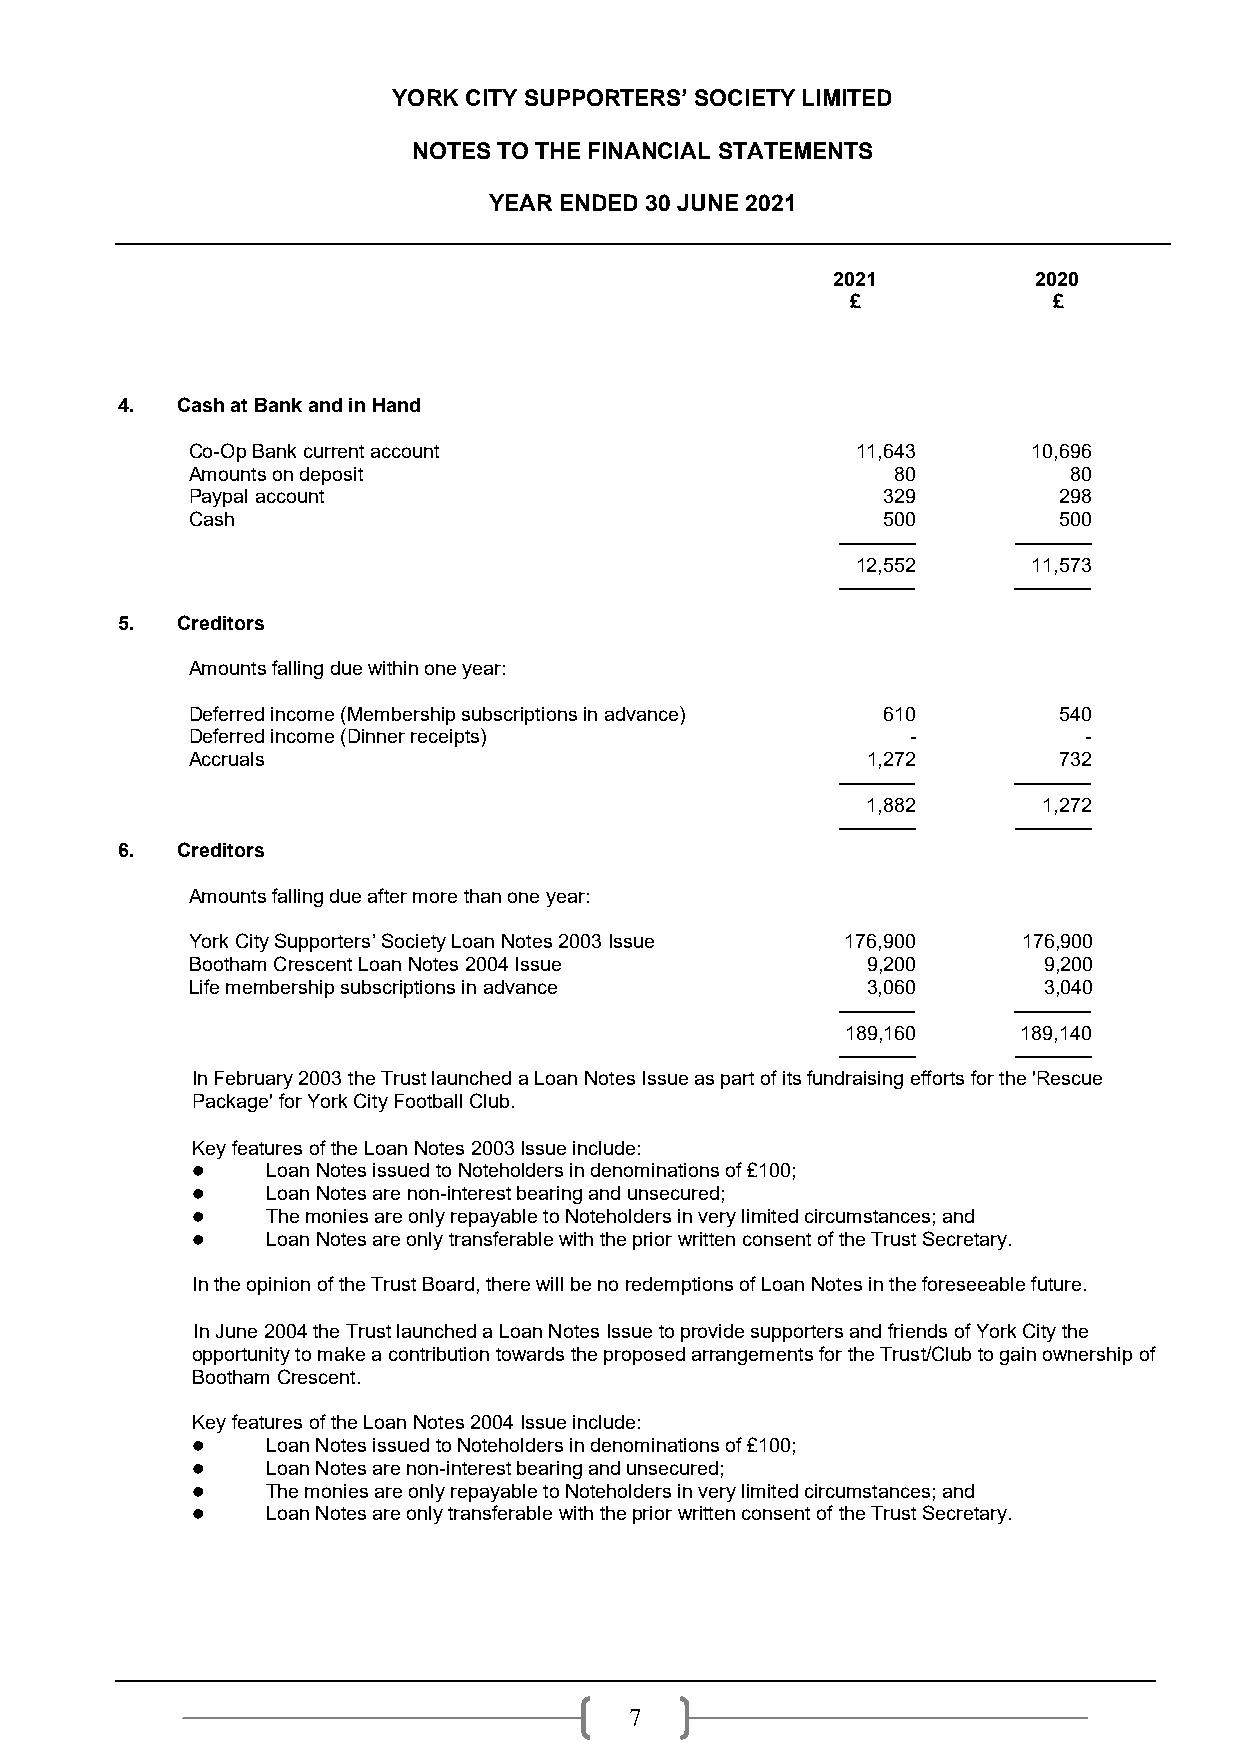
YORK CITY SUPPORTERS’ SOCIETY LIMITED
 NOTES TO THE FINANCIAL STATEMENTS
 YEAR ENDED 30 JUNE 2021
 2021         2020
 £             £
 4.  Cash at Bank and in Hand
 Co-Op Bank current account                   11,643     10,696
 Amounts on deposit                             80          80
 Paypal account                                329         298
 Cash                                          500         500
 –––––––    –––––––
 12,552     11,573
 –––––––    –––––––
 5.  Creditors
 Amounts falling due within one year:
 Deferred income (Membership subscriptions in advance) 610 540
 Deferred income (Dinner receipts)               -           -
 Accruals                                     1,272        732
 –––––––    –––––––
 1,882       1,272
 –––––––    –––––––
 6.  Creditors
 Amounts falling due after more than one year:
 York City Supporters’ Society Loan Notes 2003 Issue 176,900 176,900
 Bootham Crescent Loan Notes 2004 Issue       9,200       9,200
 Life membership subscriptions in advance     3,060       3,040
 –––––––    –––––––
 189,160    189,140
 –––––––    –––––––
 In February 2003 the Trust launched a Loan Notes Issue as part of its fundraising efforts for the 'Rescue
 Package' for York City Football Club.
 Key features of the Loan Notes 2003 Issue include:
     Loan Notes issued to Noteholders in denominations of £100;
     Loan Notes are non-interest bearing and unsecured;
     The monies are only repayable to Noteholders in very limited circumstances; and
     Loan Notes are only transferable with the prior written consent of the Trust Secretary.
 In the opinion of the Trust Board, there will be no redemptions of Loan Notes in the foreseeable future.
 In June 2004 the Trust launched a Loan Notes Issue to provide supporters and friends of York City the
 opportunity to make a contribution towards the proposed arrangements for the Trust/Club to gain ownership of
 Bootham Crescent.
 Key features of the Loan Notes 2004 Issue include:
     Loan Notes issued to Noteholders in denominations of £100;
     Loan Notes are non-interest bearing and unsecured;
     The monies are only repayable to Noteholders in very limited circumstances; and
     Loan Notes are only transferable with the prior written consent of the Trust Secretary.
 7